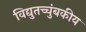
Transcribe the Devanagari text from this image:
विद्युतच्चुंबकीय